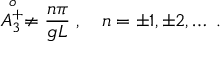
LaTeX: \stackrel { o } { A _ { 3 } ^ { + } } \neq { \frac { n \pi } { g L } } \; , \quad n = \pm 1 , \pm 2 , \ldots \; .